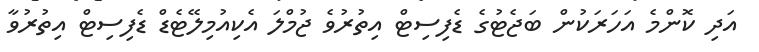
އަދި ކޮންމެ އަހަރަކުން ބަޖެޓުގެ ޑެފިސިޓް އިތުރުވެ ޖުމްލަ އެކިއުމިލޭޓެޑް ޑެފިސިޓް އިތުރުވާ